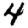
Digit: 4